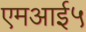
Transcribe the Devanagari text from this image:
एमआई५